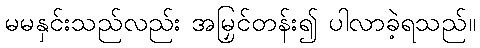
မမနှင်းသည်လည်း အမြှင်တန်း၍ ပါလာခဲ့ရသည်။